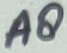
Text: A8